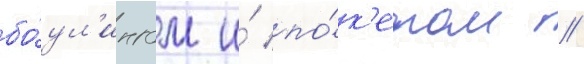
бо́ул'ингом и́ по́к'ером //